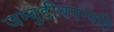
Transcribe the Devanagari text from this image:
जम्बुद्दीवपन्नति